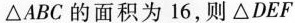
△ABC的面积为16，则△DEF